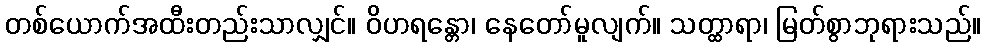
တစ်ယောက်အထီးတည်းသာလျှင်။ ဝိဟရန္တော၊ နေတော်မူလျက်။ သတ္ထာရာ၊ မြတ်စွာဘုရားသည်။